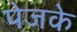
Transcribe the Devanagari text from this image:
पेजके